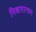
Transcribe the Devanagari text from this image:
निकाराग्वन